Scottish Leaving Certificate Examination, 1954
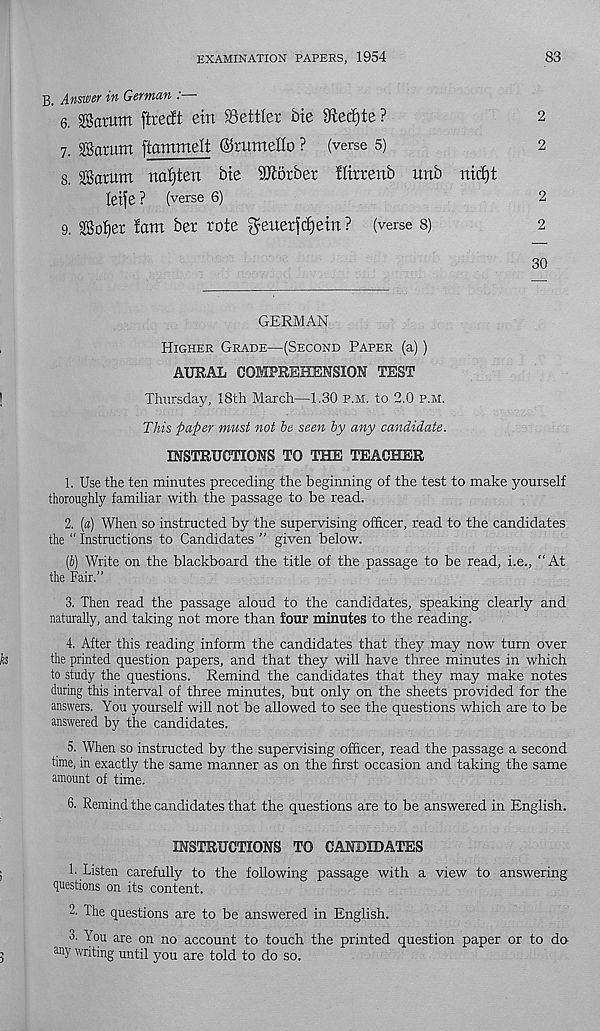
EXAMINATION PAPERS, 1954
83
B. Answer in German : ■
6. ©arum ftrecft ein Settler bte ^tecf)te ?
2
7. ©arum ftammelt ©rumetto ? (verse 5)
2
8. ©arum nafiten bte Sltorber Htrrettb ttnb nict)t
teife ? (verse 6)
2
9. ©otjer lam ber rote ^euerfd)etn ? (verse 8)
2
30
GERMAN
Higher Grade—(Second Paper (a))
AURAL COMPREHENSION TEST
Thursday, 18th March—1.30 p.m. to 2.0 p.m.
This paper must not be seen by any candidate.
INSTRUCTIONS TO THE TEACHER
1. Use the ten minutes preceding the beginning of the test to make yourself
thoroughly familiar with the passage to be read.
2. [a) When so instructed by the supervising officer, read to the candidates
the “ Instructions to Candidates ” given below.
ip) Write on the blackboard the title of the passage to be read, i.e., “At
the Fair.”
3. Then read the passage aloud to the candidates, speaking clearly and
naturally, and taking not more than four minutes to the reading.
4. After this reading inform the candidates that they may now turn over
the printed question papers, and that they will have three minutes in which
to study the questions. Remind the candidates that they may make notes
during this interval of three minutes, but only on the sheets provided for the
answers. You yourself will not be allowed to see the questions which are to be
answered by the candidates.
5. When so instructed by the supervising officer, read the passage a second
time, in exactly the same manner as on the first occasion and taking the same
amount of time.
6. Remind the candidates that the questions are to be answered in English.
INSTRUCTIONS TO CANDIDATES
1. Listen carefully to the following passage with a view to answering
questions on its content.
2. The questions are to be answered in English.
3- You are on no account to touch the printed question paper or to do
any writing until you are told to do so.